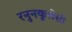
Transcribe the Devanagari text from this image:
रनुनकुलेसी